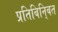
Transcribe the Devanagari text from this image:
प्रतिबिनि्बत